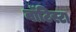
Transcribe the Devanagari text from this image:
बाॅटिस्टा